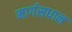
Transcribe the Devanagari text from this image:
मार्गसधान